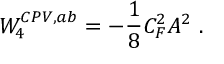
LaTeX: { \cal W } _ { 4 } ^ { C P V , a b } = - { \frac { 1 } { 8 } } C _ { F } ^ { 2 } A ^ { 2 } \ .